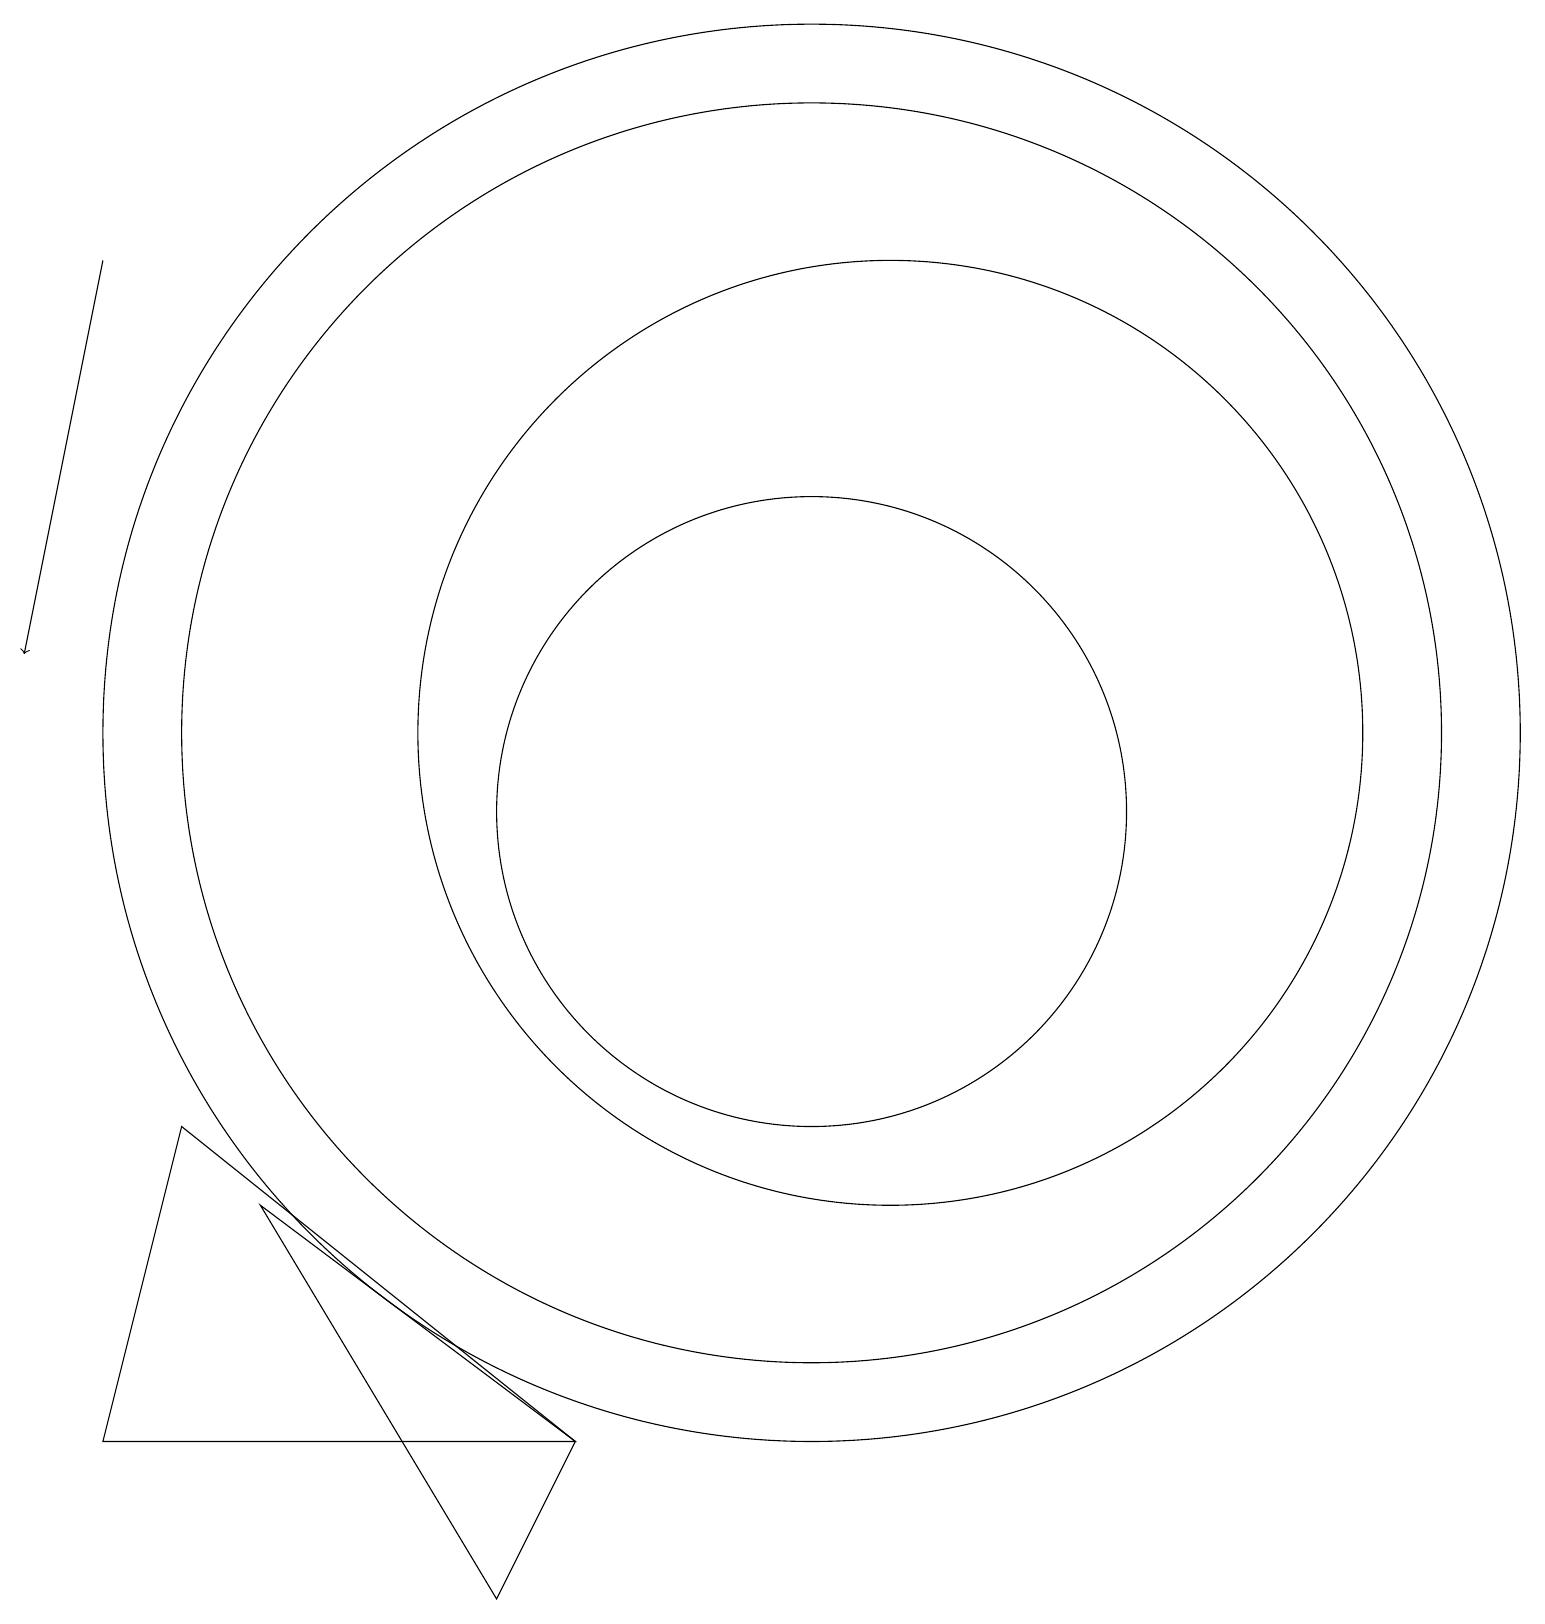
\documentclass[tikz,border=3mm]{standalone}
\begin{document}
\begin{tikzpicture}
\draw (11,11) circle (9);
\draw (12,11) circle (6);
\draw (11,11) circle (8);
\draw (8,2) -- (2,2) -- (3,6) -- cycle;
\draw[->] (2,17) -- (1,12);
\draw (11,10) circle (4);
\draw (4,5) -- (7,0) -- (8,2) -- cycle;
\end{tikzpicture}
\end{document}